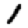
Digit: 1